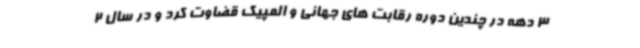
3 دهه در چندین دوره رقابت های جهانی و المپیک قضاوت کرد و در سال 2